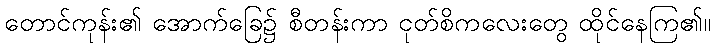
တောင်ကုန်း၏ အောက်ခြေ၌ စီတန်းကာ ငုတ်စိကလေးတွေ ထိုင်နေကြ၏။